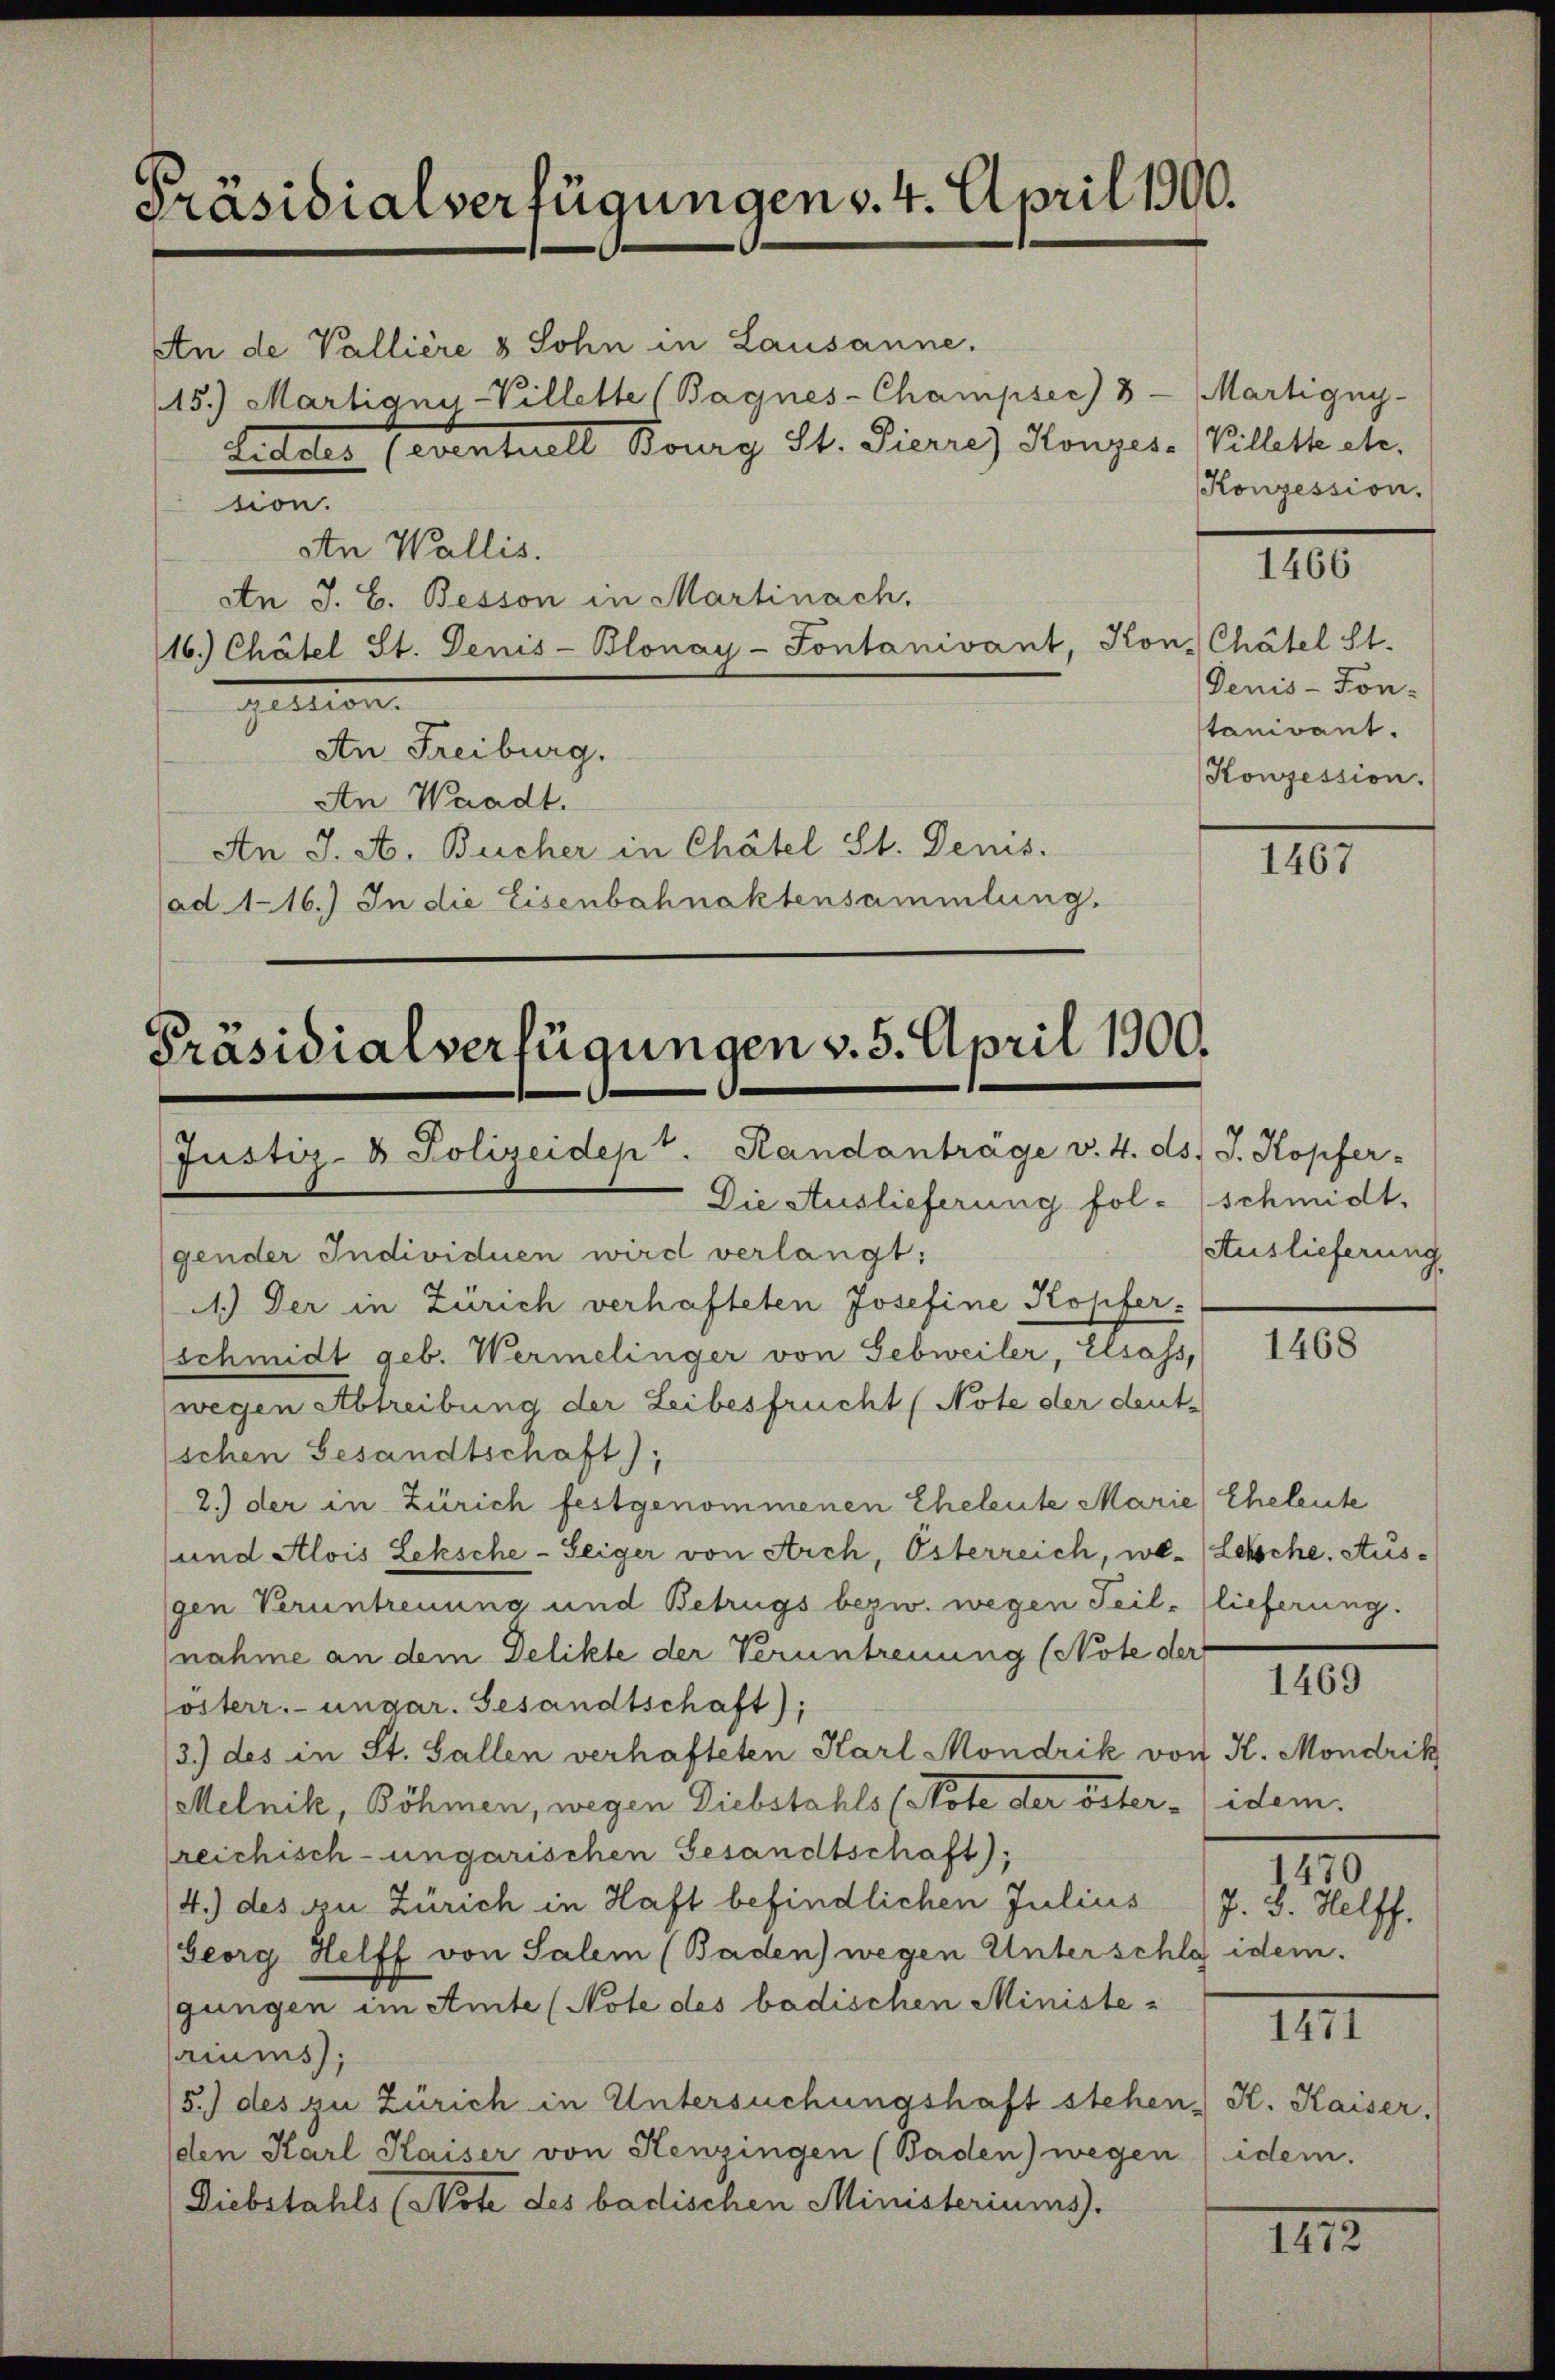
Präsidialverfügungen v. 4. April 1900.

An de Vallière & Sohn in Lausanne.
15.) Martigny-Villette (Bagnes-Champsec) 8 - Martigny-
Lieder (eventuell Bourg St. Pierre Konzes-Villettete.
tion.
An Wallis.
An J. C. Besson in Martinach.
16.) Chätel St. Denis-Blonay- Fontanivant, Kon- Chätel St.
.
An Freiburg.
An Waadt.
An J. A. Bucher in Chätel St. Denis.
ad 116.) In die Eisenbahnaktensammlung.

Präsidialverfügungen v. 5. April 1900.
Justiz- & Polizeidept. Randanträge v. 4. ds. J. Kopfer-

Die Auslieferung fol- schmidt.
gender Individuen wird verlangt:
1.) Der in Zürich verhafteten Josefine Kopfer
schmidt geb. Wermelinger von Gebweiler, Elsass,
wegen Abtreibung der Leibesfrucht (Note der deut-
schen Gesandtschaft)
2.) der in Zürich festgenommenen Eheleute Marie Eheleute
und Alois Leksche-Seiger von Arch, Österreich, we-Lehsche. Ausgen Veruntreuung und Betrugs bezw. wegen Teil- flieferung.
nahme an dem Delikte der Veruntreuung (Note der
österr. ungar. Gesandtschaft);
/3.) des in St. Gallen verhafteten Karl Mondrik von K. Mondrik
Melnik, Böhmen, wegen Diebstahls (Note der öster - idem.
reichisch-ungarischen Gesandtschaft),
4.) des zu Zürich in Haft befindlichen Julius (J. B. Helff.
Georg Helff von Salem (Baden) wegen Unterschlaf idem.
gungen im Amte (Note des badischen Ministe-
riums);
5.) des zu Zürich in Untersuchungshaft stehen, K. Kaiser.
(den Karl Kaiser von Henzingen (Baden) wegen idem.
Diebstahls (Vote des badischen Ministeriums.

Konzession.

1466

Denis-Fon-
tanidant.
Konzession.

1467

Auslieferung

1468

1469

1470

IIII

III.